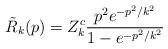
LaTeX: \begin{align*}\tilde{R}_k(p) = Z^c_k \frac{p^2 e^{-p^2/k^2}}{1 - e^{-p^2/k^2}} \end{align*}